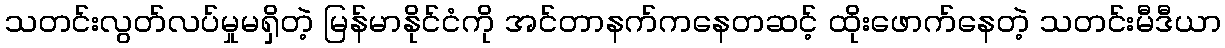
သတင်းလွတ်လပ်မှုမရှိတဲ့ မြန်မာနိုင်ငံကို အင်တာနက်ကနေတဆင့် ထိုးဖောက်နေတဲ့ သတင်းမီဒီယာ